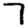
Digit: 7